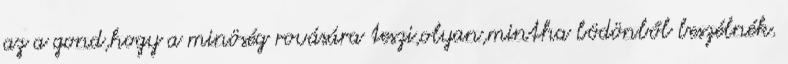
az a gond,hogy a minöség rovására teszi,olyan,mintha bödönből beszélnék.